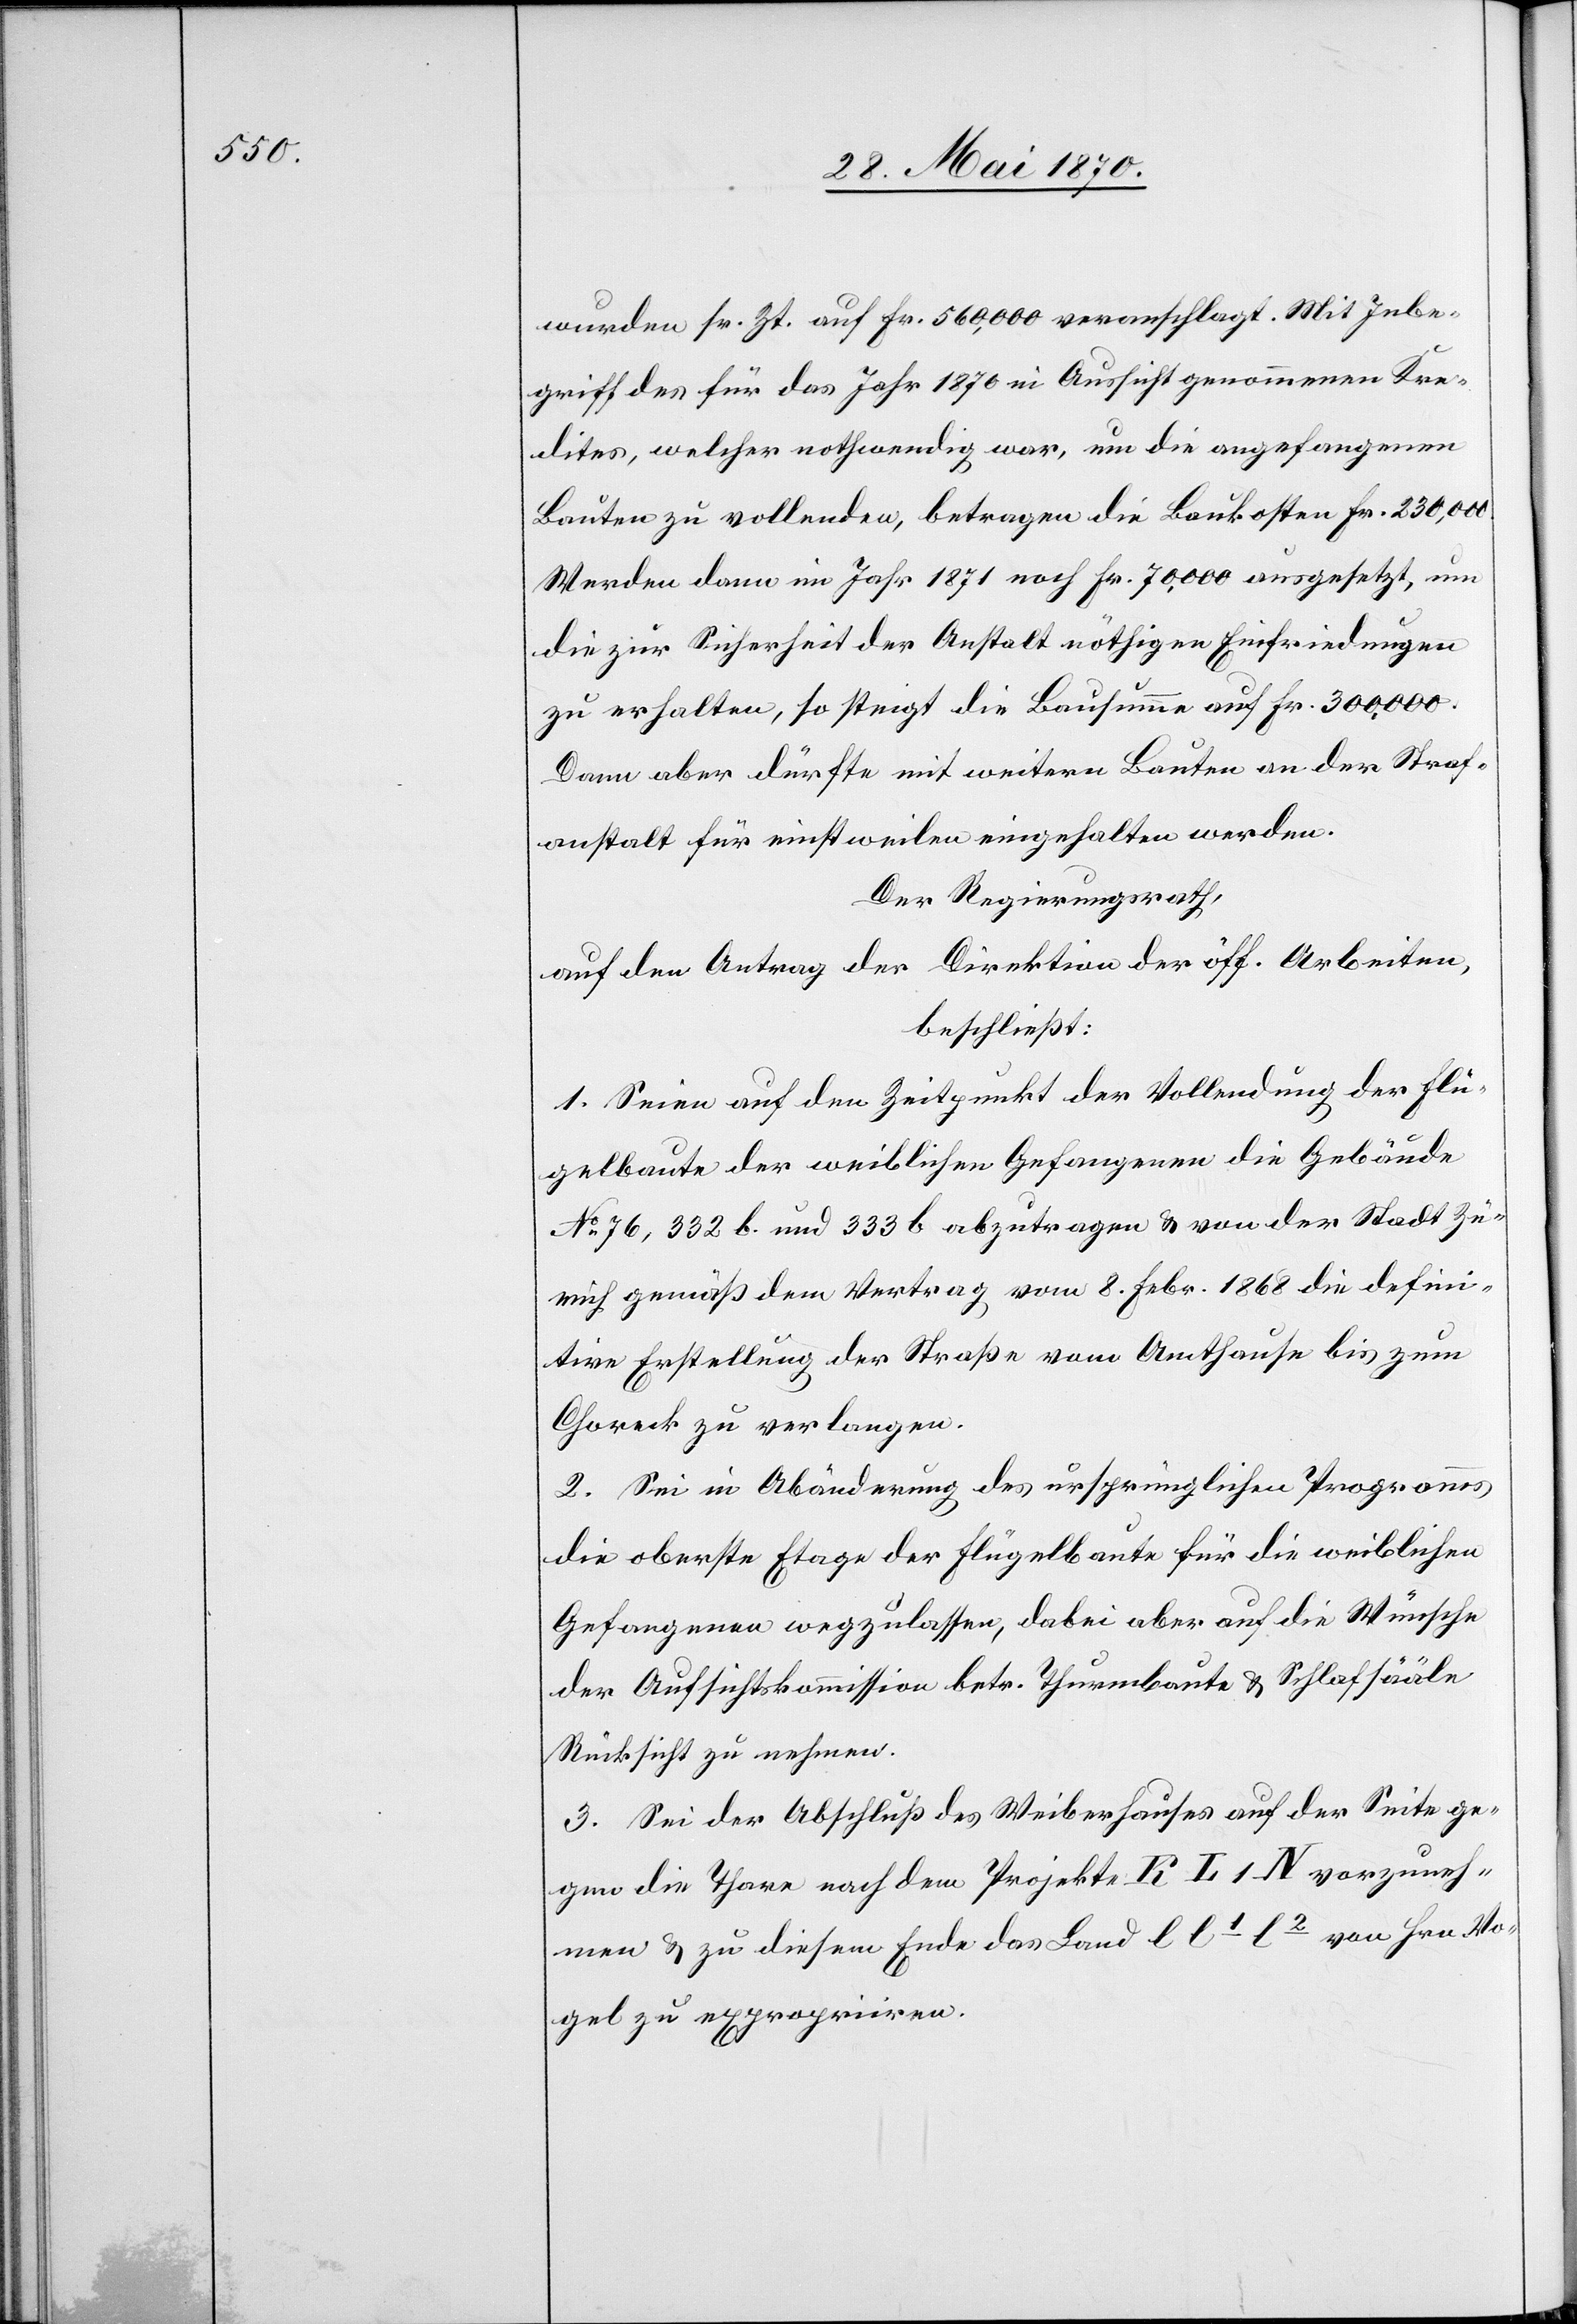
wurden sr. Zt. auf Fr. 560,000 veranschlagt. Mit Inbe¬
griff des für das Jahr 1870 in Aussicht genommenen Kre¬
dites, welcher nothwendig war, um die angefangenen
Bauten zu vollenden, betragen die Baukosten Fr. 230,000.
Werden dann im Jahr 1871 noch Fr. 70,000 ausgesetzt, um
die zur Sicherheit der Anstalt nöthigen Einfriedungen
zu erhalten, so steigt die Bausumme auf Fr. 300,000.
Dann aber dürfte mit weitern Bauten an der Straf¬
anstalt für einstweilen eingehalten werden.
Der Regierungsrath,
auf den Antrag der Direktion der öff. Arbeiten,
beschließt:
1. Seien auf den Zeitpunkt der Vollendung der Flü¬
gelbaute der weiblichen Gefangenen die Gebäude
No 76,332 b. und 333 b abzutragen & von der Stadt Zü¬
rich gemäß dem Vertrag vom 8. Febr. 1868 die defini¬
tive Erstellung der Straße vom Amthause bis zum
Choreck zu verlangen.
2. Sei in Abänderung des ursprünglichen Programms
die oberste Etage der Flügelbaute für die weiblichen
Gefangenen wegzulassen, dabei aber auf die Wünsche
der Aufsichtskommission betr. Thurmbaute & Schlafsääle
Rücksicht zu nehmen.
3. Sei der Abschluß des Weiberhauses auf der Seite ge¬
gen die Thore nach dem Projekte K L1 N vorzuneh¬
men & zu diesem Ende das Land l l1 l2 von Hrn. Vo¬
gel zu expropriiren.